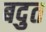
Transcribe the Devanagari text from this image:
बदुत